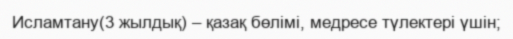
Исламтану(3 жылдық) – қазақ бөлімі, медресе түлектері үшін;